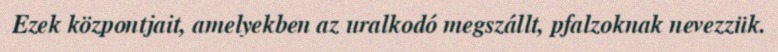
Ezek központjait, amelyekben az uralkodó megszállt, pfalzoknak nevezzük.